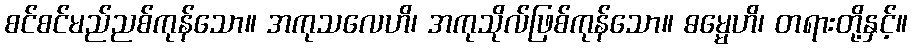
စင်စင်မည်ညစ်ကုန်သော။ အကုသလေဟိ၊ အကုသိုလ်ဖြစ်ကုန်သော။ ဓမ္မေဟိ၊ တရားတို့နှင့်။